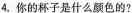
4.你的杯子是什么颜色的?